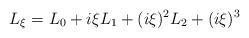
LaTeX: \begin{align*}L_\xi=L_0+i\xi L_1+(i\xi)^2L_2+(i\xi)^3\end{align*}